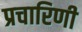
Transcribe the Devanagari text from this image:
प्रचारिणी